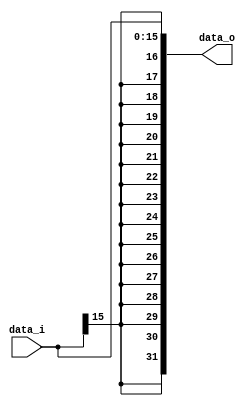
//Subject:     CA - Sign extend
//--------------------------------------------------------------------------------

module Sign_Extend #(
	parameter width = 16
	)
	(
    data_i,
    data_o
    );
               
//I/O ports
input   [width-1:0] data_i;
output  [2*width-1:0] data_o;


assign data_o = { {16{data_i[15]}}, data_i};

endmodule